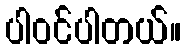
ပါဝင်ပါတယ်။